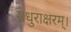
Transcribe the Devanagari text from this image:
मधुराक्षरम्‌।